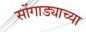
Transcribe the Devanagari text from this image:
सोंगाड्याच्या